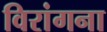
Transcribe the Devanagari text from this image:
विरांगना